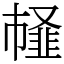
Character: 䪟